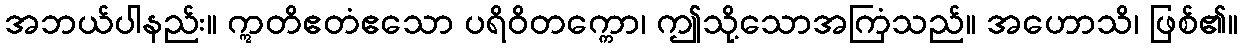
အဘယ်ပါနည်း။ ဣတိဧတံဧသော ပရိဝိတက္ကော၊ ဤသို့သောအကြံသည်။ အဟောသိ၊ ဖြစ်၏။